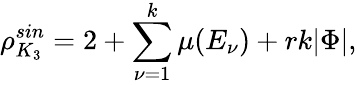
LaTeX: \rho_{K_{3}}^{sin}=2+\sum_{\nu=1}^{k}\mu(E_{\nu})+rk|\Phi|,